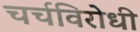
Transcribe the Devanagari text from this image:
चर्चविरोधी